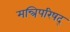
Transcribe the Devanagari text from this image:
मन्त्रिपरिषद्‍